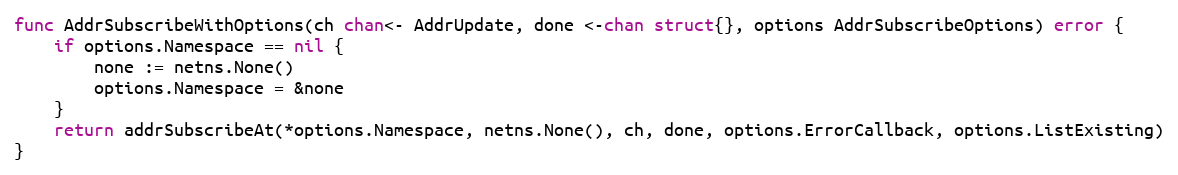
Language: Go
func AddrSubscribeWithOptions(ch chan<- AddrUpdate, done <-chan struct{}, options AddrSubscribeOptions) error {
	if options.Namespace == nil {
		none := netns.None()
		options.Namespace = &none
	}
	return addrSubscribeAt(*options.Namespace, netns.None(), ch, done, options.ErrorCallback, options.ListExisting)
}